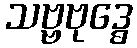
သဗ္ဗဗုဒ္ဓေ